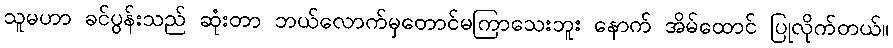
သူမဟာ ခင်ပွန်းသည် ဆုံးတာ ဘယ်လောက်မှတောင်မကြာသေးဘူး နောက် အိမ်ထောင် ပြုလိုက်တယ်။